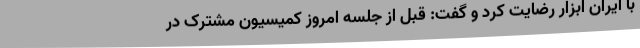
با ایران ابزار رضایت کرد و گفت: قبل از جلسه امروز کمیسیون مشترک در